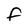
Character: F